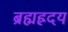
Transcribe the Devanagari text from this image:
ब्रह्मह्रदय